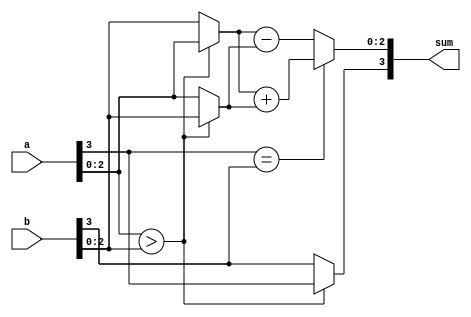
`timescale 1ns / 1ps
//////////////////////////////////////////////////////////////////////////////////
// Company: 
// Engineer: 
// 
// Design Name: 
// Module Name:    smadder 
// Project Name: 
// Target Devices: 
// Tool versions: 
// Description: 
//
// Dependencies: 
//
// Revision: 
// Revision 0.01 - File Created
// Additional Comments: 
//
//////////////////////////////////////////////////////////////////////////////////
module smadder
#(parameter N = 4)
(
	input wire [N-1:0] a, b,
	output reg [N-1:0] sum
);

reg [N-2:0] mag_a, mag_b, mag_sum, max, min;
reg sgn_a, sgn_b, sgn_sum;

always @*
begin
	mag_a = a[N-2:0];
	mag_b = b[N-2:0];
	sgn_a = a[N-1];
	sgn_b = b[N-1];
	
	// GET Min & Max 
	if(mag_a > mag_b)
	begin
		max = mag_a;
		min = mag_b;
		sgn_sum = sgn_a;
	end
	else
	begin
		max = mag_b;
		min = mag_a;
		sgn_sum = sgn_b;
	end
	
	if (sgn_a == sgn_b)
		mag_sum = max + min;
	else
		mag_sum = max - min;	

sum = {sgn_sum, mag_sum};
end

endmodule